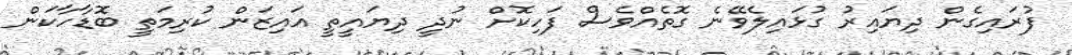
ފުރައިގެން ދިޔައިރު ގުޅައިލެވޭނެ ގޮތެއްވެސް ފަހިކޮށް ނުދީ ދިޔައީތީ އައިޒަން ކުރިމަތީ ބޮޑާހާކަން